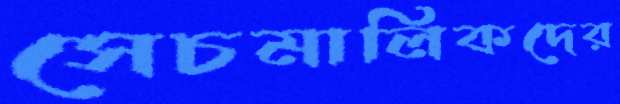
সেচমালিকদের